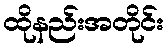
ထိုနည်းအတိုင်း